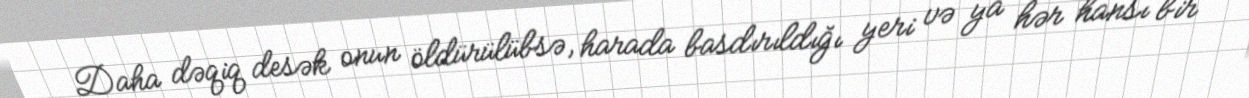
Daha dəqiq desək onun öldürülübsə, harada basdırıldığı yeri və ya hər hansı bir